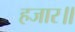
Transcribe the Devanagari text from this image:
हजार॥